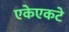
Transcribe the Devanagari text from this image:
एकेएकटे